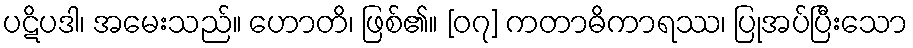
ပဋိပဒါ၊ အမေးသည်။ ဟောတိ၊ ဖြစ်၏။ [၀၇] ကတာဓိကာရဿ၊ ပြုအပ်ပြီးသော